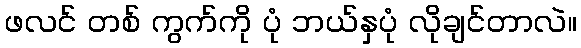
ဖလင် တစ် ကွက်ကို ပုံ ဘယ်နှပုံ လိုချင်တာလဲ။